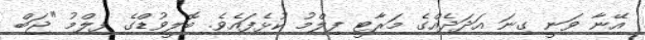
އޭނާ ވަނީ ގިނަ އަދަދެއްގެ މަރާޓީ ފިލްމު ކުޅެފައެވެ. ބޮލީވުޑްގެ ފިލްމު "ޖަބް